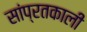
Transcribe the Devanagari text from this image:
सांप्रतकाली